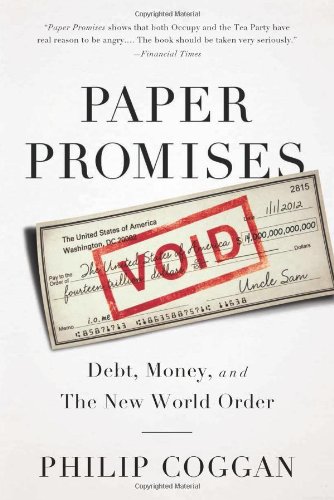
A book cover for Paper Promises: Debt, Money, and the New World Order; Philip Coggan; Business & Money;